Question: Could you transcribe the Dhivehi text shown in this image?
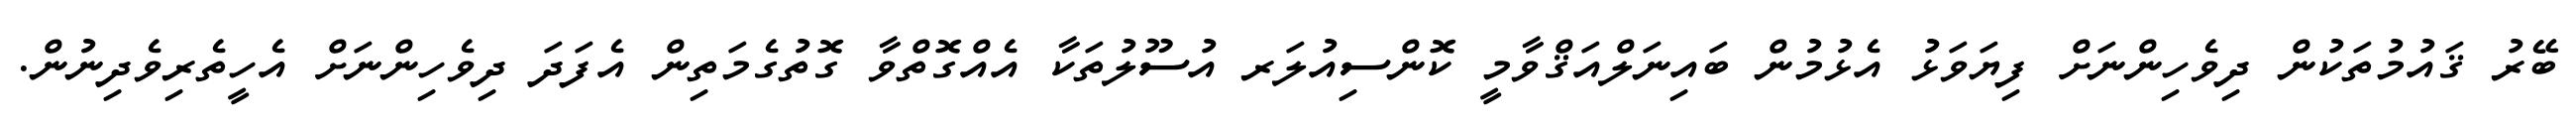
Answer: ބޭރު ޤައުމުތަކުން ދިވެހިންނަށް ފިޔަވަޅު އެޅުމުން ބައިނަލްއަޤްވާމީ ކޮންސިއުލަރ އުސޫލުތަކާ އެއްގޮތްވާ ގޮތުގެމަތިން އެފަދަ ދިވެހިންނަށް އެހީތެރިވެދިނުން.